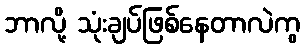
ဘာလို့ သုံးချပ်ဖြစ်နေတာလဲကွ